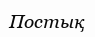
Постық